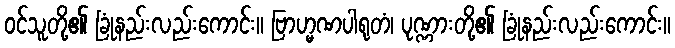
ဝင်သူတို့၏ ခြုံနည်းလည်းကောင်း။ ဗြာဟ္မဏပါရုတံ၊ ပုဏ္ဏားတို့၏ ခြုံနည်းလည်းကောင်း။